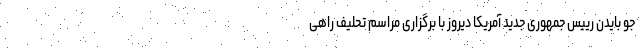
جو بایدن رییس جمهوری جدید آمریکا دیروز با برگزاری مراسم تحلیف راهی